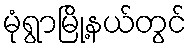
မုံရွာမြို့နယ်တွင်